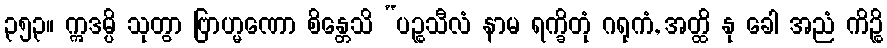
၃၅၃။ ဣဒမ္ပိ သုတွာ ဗြာဟ္မဏော စိန္တေသိ “ပဉ္စသီလံ နာမ ရက္ခိတုံ ဂရုကံ, အတ္ထိ နု ခေါ အညံ ကိဉ္စိ